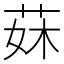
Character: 𦰕